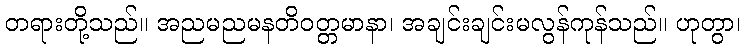
တရားတို့သည်။ အညမညမနတိဝတ္တမာနာ၊ အချင်းချင်းမလွန်ကုန်သည်။ ဟုတွာ၊